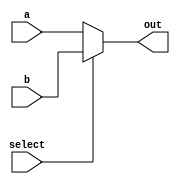
module mux2(out, a, b, select);
    parameter width = 32;
    output [width-1:0] out;
    input [width-1:0] a, b;
    input select;

    assign out = (select == 0) ? a : b;
endmodule

module mux4(out, a, b, c, d, select);
    parameter width = 32;
    output reg [width-1:0] out;
    input [width-1:0] a, b, c, d;
    input [1:0] select;

    always @(a or b or c or d or select) begin
        case (select)
            2'b00: out = a;
            2'b01: out = b;
            2'b10: out = c;
            2'b11: out = d;
        endcase
    end
endmodule